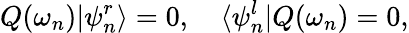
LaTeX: Q(\omega_{n})|\psi_{n}^{r}\rangle=0,\quad\langle\psi_{n}^{l}|Q(\omega_{n})=0,